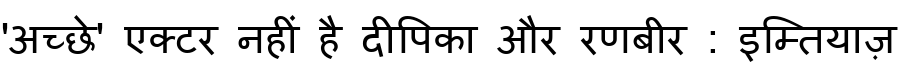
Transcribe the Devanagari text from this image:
'अच्छे' एक्टर नहीं है दीपिका और रणबीर : इम्तियाज़